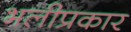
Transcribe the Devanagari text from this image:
भलीप्रकार